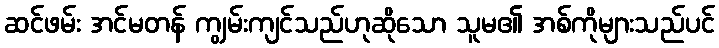
ဆင်ဖမ်း အင်မတန် ကျွမ်းကျင်သည်ဟုဆိုသော သူမ၏ အစ်ကိုများသည်ပင်